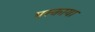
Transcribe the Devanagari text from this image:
परकाया